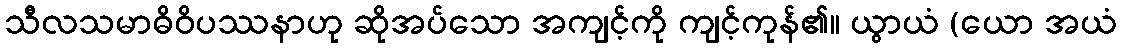
သီလသမာဓိဝိပဿနာဟု ဆိုအပ်သော အကျင့်ကို ကျင့်ကုန်၏။ ယွာယံ (ယော အယံ